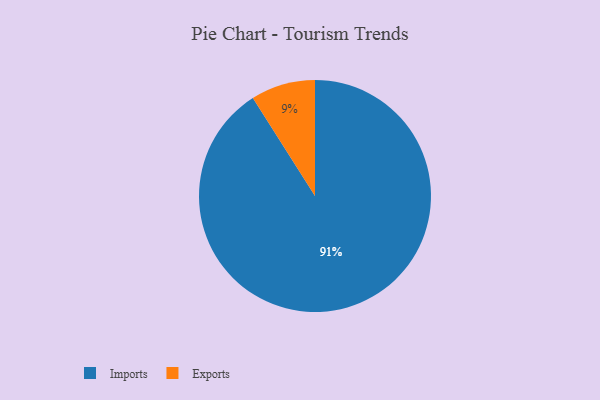
{"axis": {"x": "Category", "y": "Percentage"}, "legend": ["Exports", "Imports"], "data": [{"x": "Imports", "y": 91, "type": "Imports"}, {"x": "Exports", "y": 9, "type": "Exports"}]}